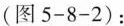
(图5-8-2)：